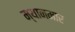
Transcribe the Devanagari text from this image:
म्‍यानमार